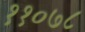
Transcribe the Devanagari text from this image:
११०७८